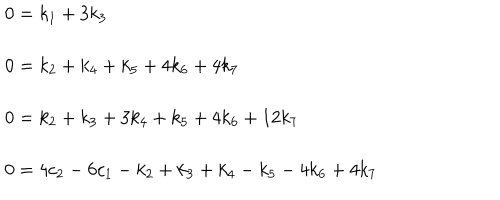
\begin{array} { l } { { 0 = k _ { 1 } + 3 k _ { 3 } } } \\ { { { } } } \\ { { 0 = k _ { 2 } + k _ { 4 } + k _ { 5 } + 4 k _ { 6 } + 4 k _ { 7 } } } \\ { { { } } } \\ { { 0 = k _ { 2 } + k _ { 3 } + 3 k _ { 4 } + k _ { 5 } + 4 k _ { 6 } + 1 2 k _ { 7 } } } \\ { { { } } } \\ { { 0 = 4 c _ { 2 } - 6 c _ { 1 } - k _ { 2 } + k _ { 3 } + k _ { 4 } - k _ { 5 } - 4 k _ { 6 } + 4 k _ { 7 } } } \\ \end{array}